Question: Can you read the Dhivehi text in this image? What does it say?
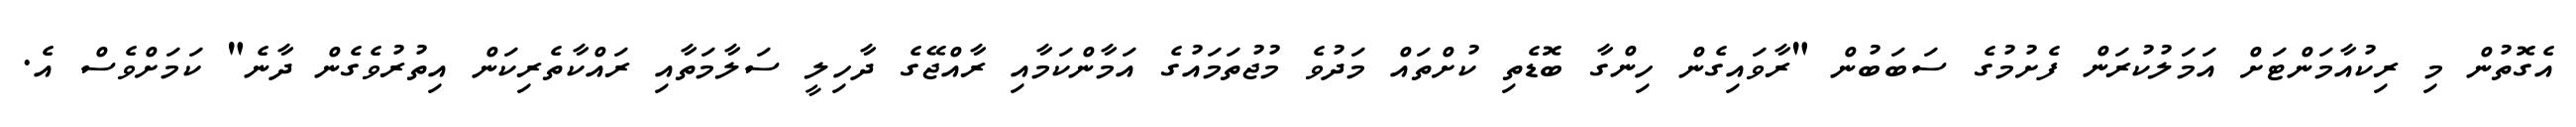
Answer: އެގޮތުން މި ރިކުއާމަންޓަށް އަމަލުކުރަން ފެށުމުގެ ސަބަބުން "ރާވައިގެން ހިންގާ ބޮޑެތި ކުށްތައް މަދުވެ މުޖުތަމައުގެ އަމާންކަމާއި ރާއްޖޭގެ ދާހިލީ ސަލާމަތާއި ރައްކާތެރިކަން އިތުރުވެގެން ދާނެ" ކަމަށްވެސް އެ.